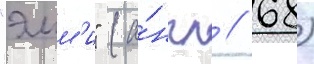
"эмм'и" (а́нгл // 68)